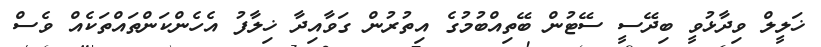
ޚަލީލް ވިދާޅުވީ ބިދޭސީ ސޭޓުން ބޭތިއްބުމުގެ އިތުރުން ގަވާއިދާ ޚިލާފު އެހެންކަންތައްތަކެއް ވެސް